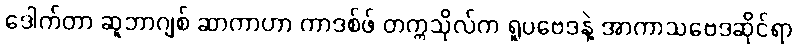
ဒေါက်တာ ဆူဘာဂျစ် ဆာကာဟာ ကာဒစ်ဖ် တက္ကသိုလ်က ရူပဗေဒနဲ့ အာကာသဗေဒဆိုင်ရာ